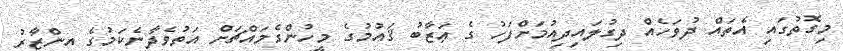
މިގޮތުގައި އެތައް ދުވަހެއް ދިގުލައިދިއުމަށްފަހު ގެ ޢަޒާބު ޤައުމުގެ މީހުންގެމައްޗަށް އަތުވެދާނެކަމުގެ އިންޒާރު